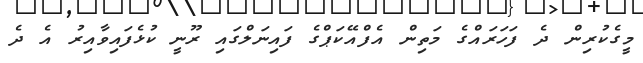
މީގެކުރިން ދެ ފަހަރައްގެ މަތިން އެފްއޭކަޕްގެ ފައިނަލްގައި ރޫނީ ކުޅެފައިވާއިރު އެ ދެ